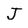
Character: J